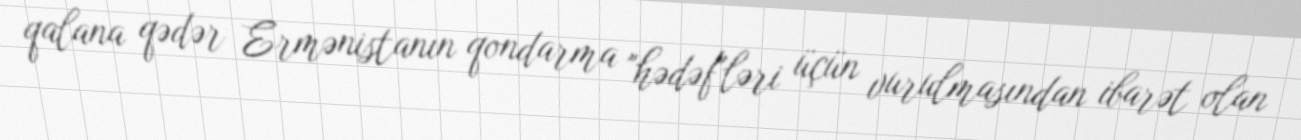
qalana qədər Ermənistanın qondarma "hədəf"ləri üçün vurulmasından ibarət olan